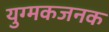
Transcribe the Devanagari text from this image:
युग्मकजनक